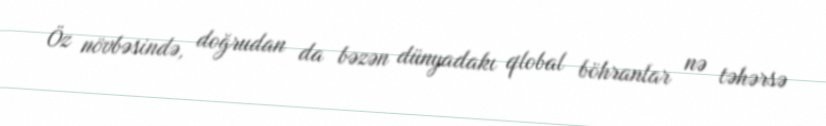
Öz növbəsində, doğrudan da bəzən dünyadakı qlobal böhranlar nə təhərsə